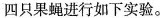
四只果蝇进行如下实验